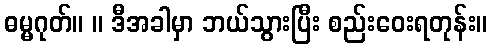
ဓမ္မဂုတ်။ ။ ဒီအခါမှာ ဘယ်သွားပြီး စည်းဝေးရတုန်း။